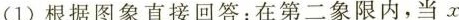
(1)根据图象直接回答：在第二象限内，当x